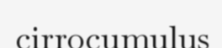
cirrocumulus